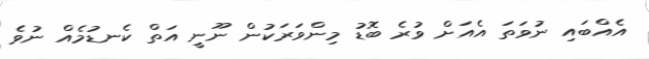
އެއްބައި ނުވަތަ އެއަށް ވުރެ ބޮޑު މިންވަރަކުން ނޫނީ އަތް ކެނޑުމެއް ނުވެ